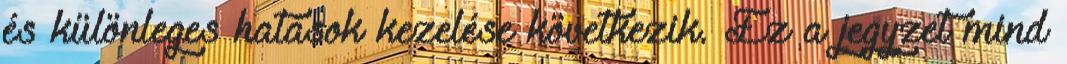
és különleges hatások kezelése következik. Ez a jegyzet mind